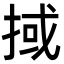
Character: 掝